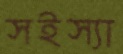
সইস্যা